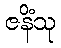
ဇနိံသု